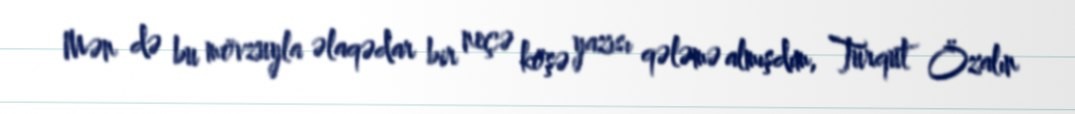
Mən də bu mövzuyla əlaqədar bir neçə köşə yazısı qələmə almışdım, Turqut Özalın